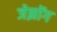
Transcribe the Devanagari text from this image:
जेझोंग